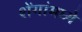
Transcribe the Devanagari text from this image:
शेंगांमध्ये